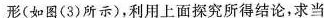
形(如图(3)所示)，利用上面探究所得结论，求当